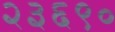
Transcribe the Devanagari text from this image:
२३६९०